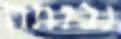
נבנתה